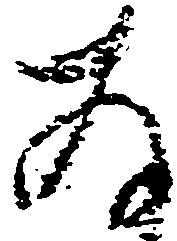
存